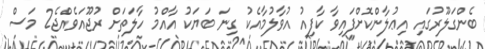
ބެންގަލޫރުގައި އިޢުލާންކޮށްފައިވާ ކާފިއު އުވާލުމާއެކު ގިނަ ބަޔަކު އާއްމު ހާލަތަށް ރުޖޫއަވެއްޖެ2 މަސް